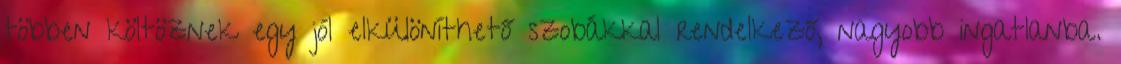
többen költöznek egy jól elkülöníthető szobákkal rendelkező, nagyobb ingatlanba.